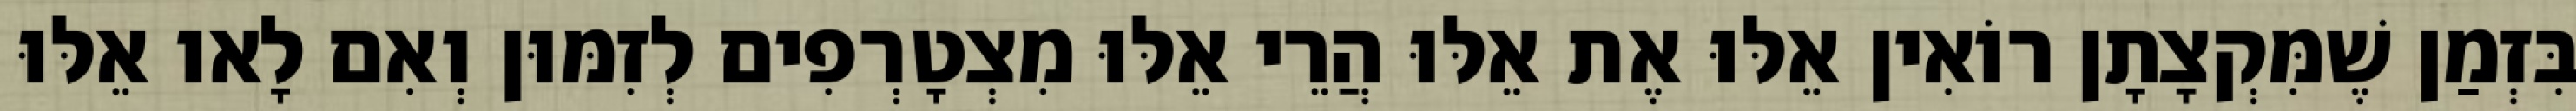
בִּזְמַן שֶׁמִּקְצָתָן רוֹאִין אֵלּוּ אֶת אֵלּוּ הֲרֵי אֵלּוּ מִצְטָרְפִים לְזִמּוּן וְאִם לָאו אֵלּוּ